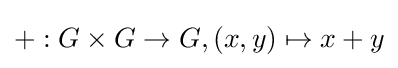
+:G\times G\to G,(x,y)\mapsto x+y